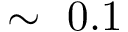
\sim ~ 0 . 1